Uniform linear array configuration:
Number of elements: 12
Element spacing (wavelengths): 0.25
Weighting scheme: uniform
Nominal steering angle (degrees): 30
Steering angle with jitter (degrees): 30.447
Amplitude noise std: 0.05
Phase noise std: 0.05

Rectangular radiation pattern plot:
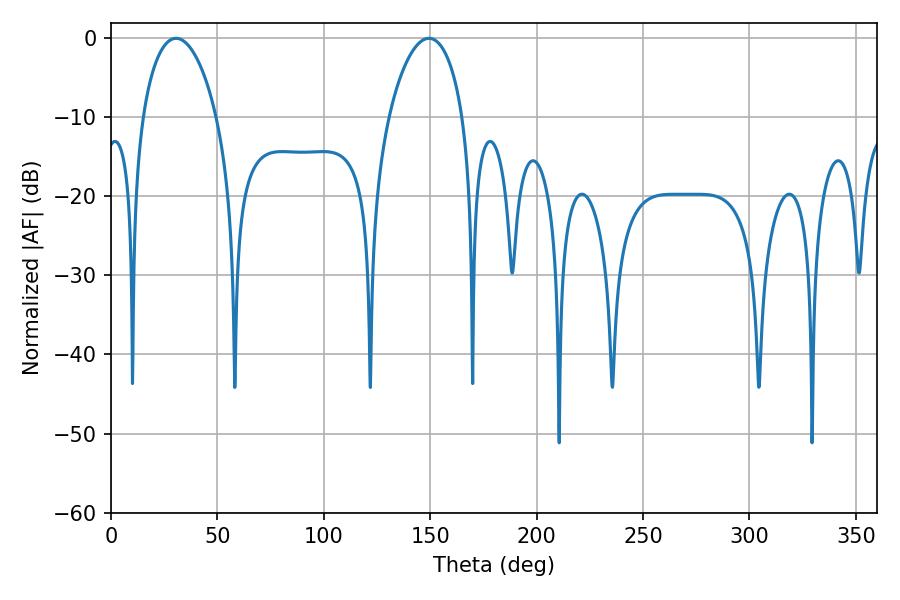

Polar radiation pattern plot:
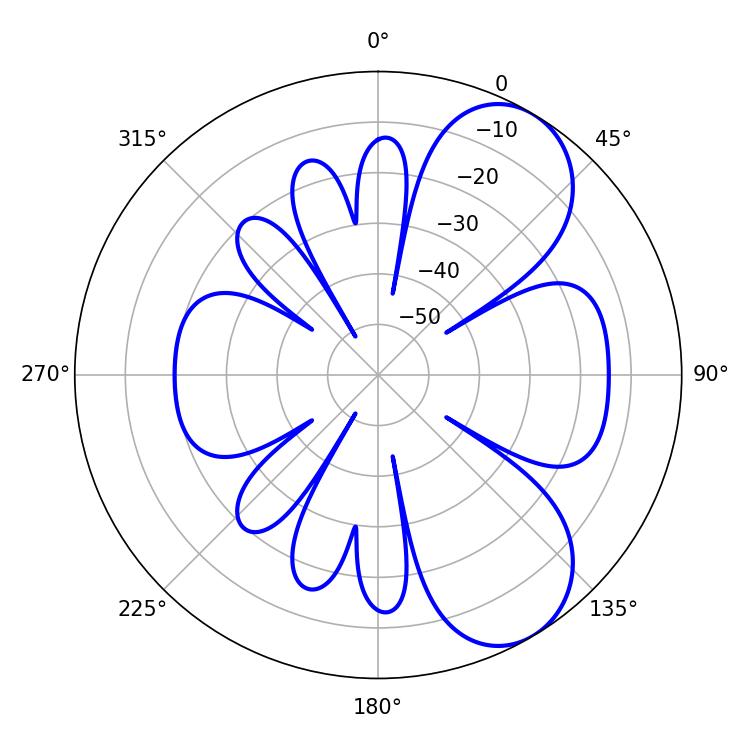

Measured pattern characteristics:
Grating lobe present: FALSE
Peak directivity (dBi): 7.118
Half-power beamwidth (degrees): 19.8
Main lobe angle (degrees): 30.6